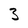
Character: 3